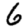
Digit: 6